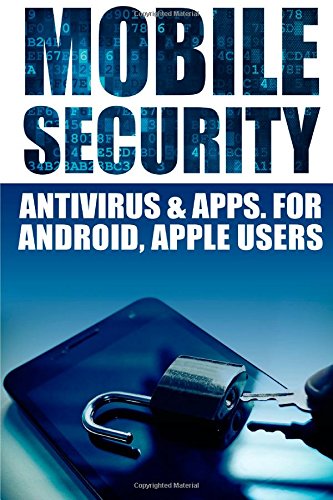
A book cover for Mobile Security: Antivirus & Apps For Android And iOs Apple Users; Jameson; Computers & Technology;